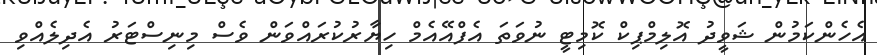
އެހެންކަމުން ޝަވީދު އޮލިމްޕިކް ކޮމިޓީ ނުވަތަ އެފްއޭއެމް ހިޔާރުކުރައްވަން ވެސް މިނިސްޓަރު އެދިލެއްވި